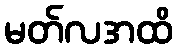
မတ်လအထိ